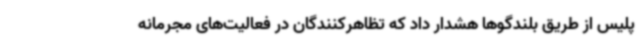
پلیس از طریق بلندگوها هشدار داد که تظاهرکنندگان در فعالیت‌های مجرمانه